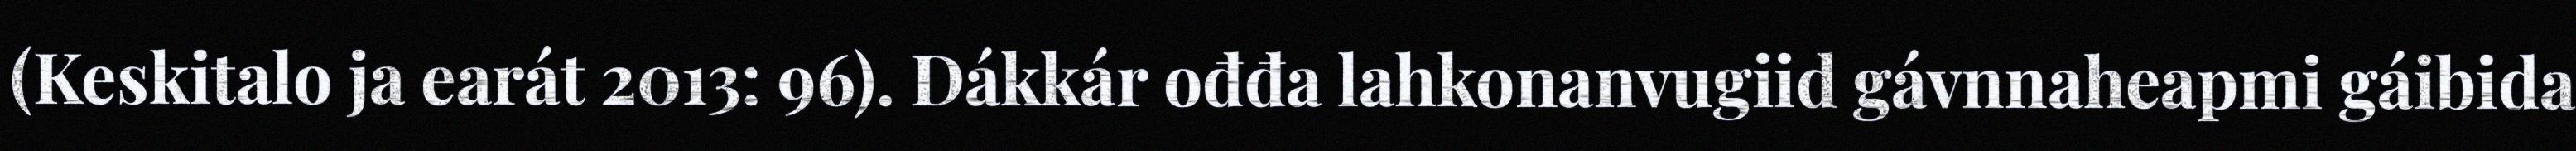
(Keskitalo ja earát 2013: 96). Dákkár ođđa lahkonanvugiid gávnnaheapmi gáibida